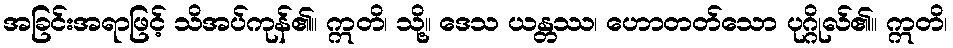
အခြင်းအရာဖြင့် သိအပ်ကုန်၏။ ဣတိ၊ သို့။ ဒေသ ယန္တဿ၊ ဟောတတ်သော ပုဂ္ဂိုလ်၏။ ဣတိ၊